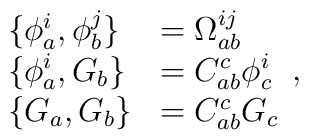
\begin{array}{ll}\{\phi _{a}^{i},\phi _{b}^{j}\} & =\Omega _{ab}^{ij} \\ \{\phi _{a}^{i},G_{b}\} & =C_{ab}^{c}\phi _{c}^{i} \\ \{G_{a},G_{b}\} & =C_{ab}^{c}G_{c}\end{array},